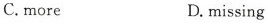
C.more D.missing